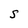
Character: S